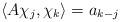
LaTeX: \begin{align*}\langle A\chi_j,\chi_k\rangle=a_{k-j}\end{align*}